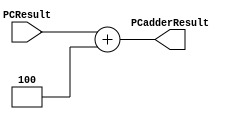
module PCadder (
    input [31:0] PCResult,
    output [31:0] PCadderResult
);
    assign PCadderResult = PCResult + 4;
endmodule